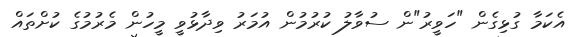
އެކަމާ ގުޅިގެން "ހަވީރު"ން ސުވާލު ކުރުމުން އުމަރު ވިދާޅުވީ މީހުން މެރުމުގެ ކުށްތައް